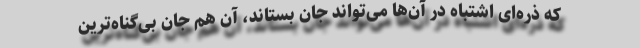
که ذره‌ای اشتباه در آن‌ها می‌تواند جان بستاند، آن هم جان بی‌گناه‌ترین